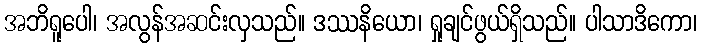
အဘိရူပေါ၊ အလွန်အဆင်းလှသည်။ ဒဿနိယော၊ ရှုချင်ဖွယ်ရှိသည်။ ပါသာဒိကော၊